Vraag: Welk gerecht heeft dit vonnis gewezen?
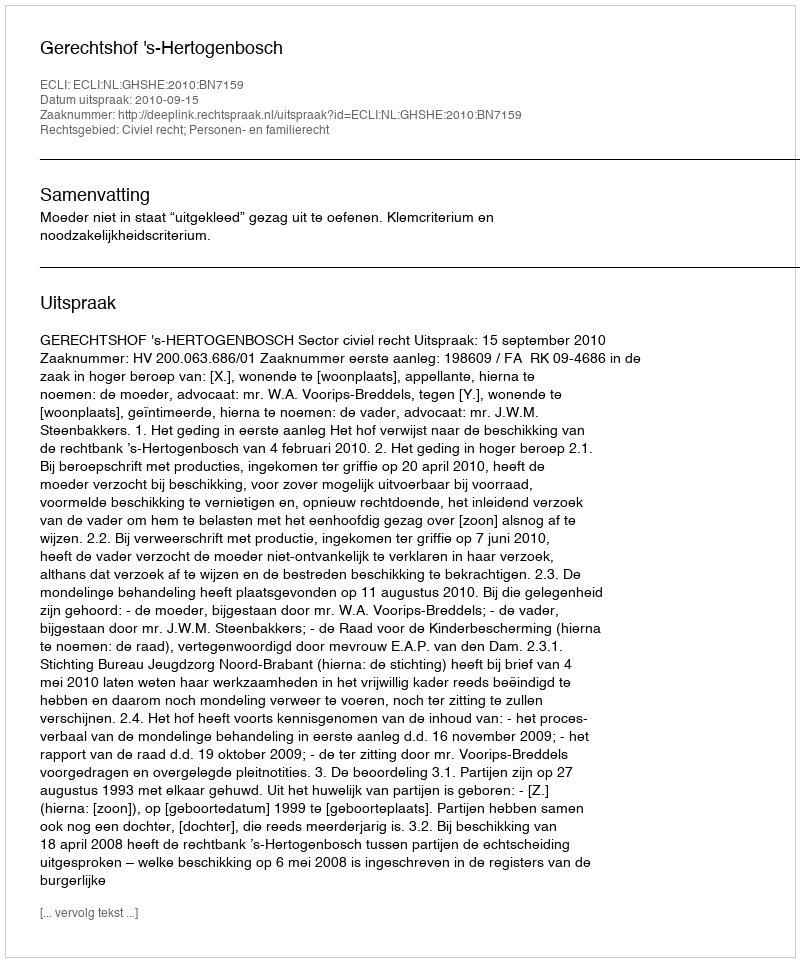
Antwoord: Gerechtshof 's-Hertogenbosch